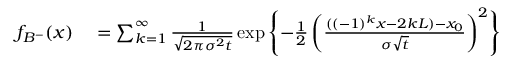
\begin{array} { r l } { f _ { B ^ { - } } ( x ) } & { { } = \sum _ { k = 1 } ^ { \infty } \frac { 1 } { \sqrt { 2 \pi \sigma ^ { 2 } t } } \exp \left\lbrace - \frac { 1 } { 2 } \left( \frac { ( ( - 1 ) ^ { k } x - 2 k L ) - x _ { 0 } } { \sigma \sqrt { t } } \right) ^ { 2 } \right\rbrace } \end{array}